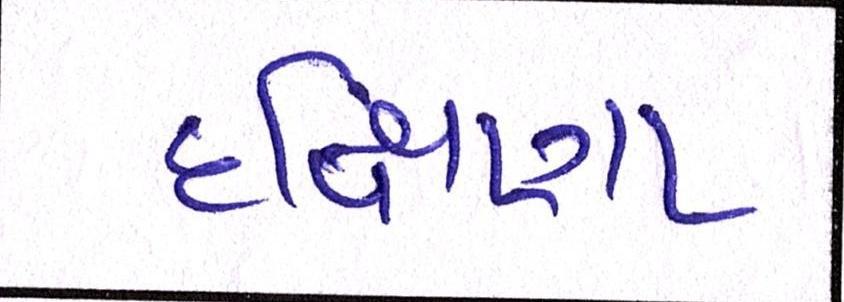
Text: દક્ષિણા